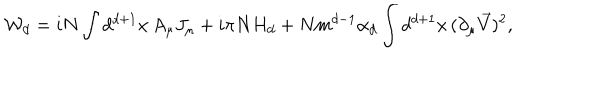
{ \cal W } _ { d } = i N \int d ^ { d + 1 } x \, A _ { \mu } J _ { \mu } + i \pi N H _ { d } + N m ^ { d - 1 } \alpha _ { d } \int d ^ { d + 1 } x \, ( \partial _ { \mu } \vec { V } ) ^ { 2 } ,